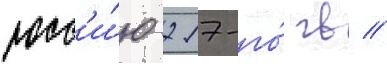
росс'и́ю 217-го́ гв //